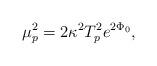
LaTeX: \begin{align*}\mu_p ^2 = 2\kappa^2 T_p^2e^{2\Phi_0},\end{align*}